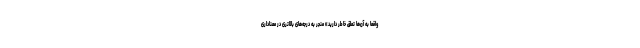
واقعاً به آن‌ها تعلق خاطر دارید» منجر به درجه‌های بالاتری در معناداری